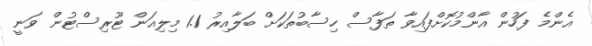
އެންމެ ފަހުން އާންމުކޮށްފައިވާ ތަފާސް ހިސާބުތަކަށް ބަލާއިރު 1.1 މިލިއަން ޓޫރިސްޓުން ވަނީ